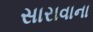
સારાવાના